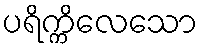
ပရိက္ကိလေသော